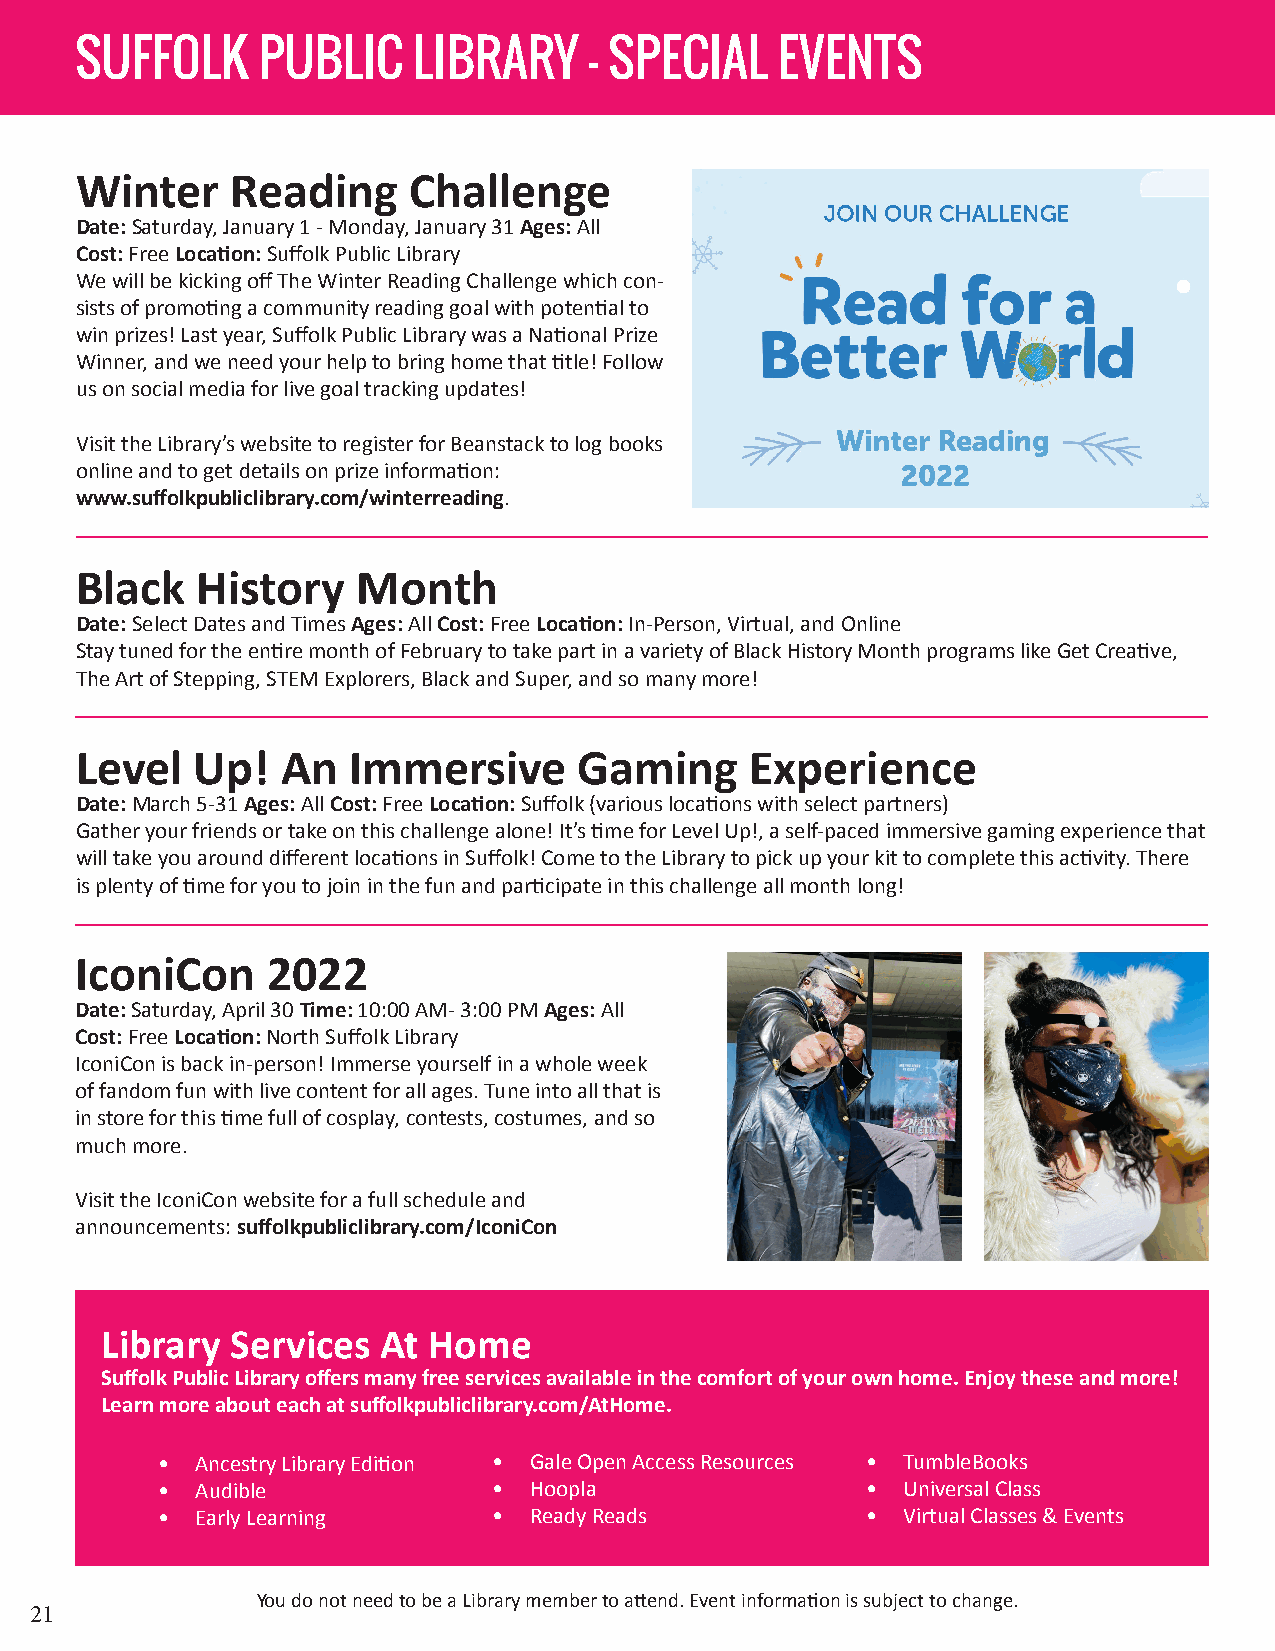
SUFFOLK     PUBLIC    LIBRARY     - SPECIAL    EVENTS
 Winter    Reading     Challenge
 Date: Saturday, January 1 - Monday, January 31 Ages: All
 Cost: Free Location: Suffolk Public Library
 We will be kicking off The Winter Reading Challenge which con-
 sists of promoting a community reading goal with potential to
 win prizes! Last year, Suffolk Public Library was a National Prize
 Winner, and we need your help to bring home that title! Follow
 us on social media for live goal tracking updates!
 Visit the Library’s website to register for Beanstack to log books
 online and to get details on prize information:
 www.suffolkpubliclibrary.com/winterreading.
 Black   History    Month
 Date: Select Dates and Times Ages: All Cost: Free Location: In-Person, Virtual, and Online
 Stay tuned for the entire month of February to take part in a variety of Black History Month programs like Get Creative,
 The Art of Stepping, STEM Explorers, Black and Super, and so many more!
 Level   Up!   An  Immersive      Gaming      Experience
 Date: March 5-31 Ages: All Cost: Free Location: Suffolk (various locations with select partners)
 Gather your friends or take on this challenge alone! It’s time for Level Up!, a self-paced immersive gaming experience that
 will take you around different locations in Suffolk! Come to the Library to pick up your kit to complete this activity. There
 is plenty of time for you to join in the fun and participate in this challenge all month long!
 IconiCon     2022
 Date: Saturday, April 30 Time: 10:00 AM- 3:00 PM Ages: All
 Cost: Free Location: North Suffolk Library
 IconiCon is back in-person! Immerse yourself in a whole week
 of fandom fun with live content for all ages. Tune into all that is
 in store for this time full of cosplay, contests, costumes, and so
 much more.
 Visit the IconiCon website for a full schedule and
 announcements: suffolkpubliclibrary.com/IconiCon
 Library Services  At Home
 Suffolk Public Library offers many free services available in the comfort of your own home. Enjoy these and more!
 Learn more about each at suffolkpubliclibrary.com/AtHome.
 •  Ancestry Library Edition • Gale Open Access Resources • TumbleBooks
 •  Audible             • Hoopla                •  Universal Class
 •  Early Learning      • Ready Reads           •  Virtual Classes & Events
 You do not need to be a Library member to attend. Event information is subject to change.
 21